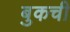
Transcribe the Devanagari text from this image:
बुकची